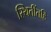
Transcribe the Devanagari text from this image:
स्थितींतहि